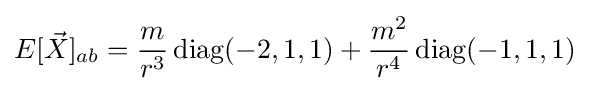
E[{\vec {X}}]_{ab}={\frac {m}{r^{3}}}\,{\rm {diag}}(-2,1,1)+{\frac {m^{2}}{r^{4}}}\,{\rm {diag}}(-1,1,1)